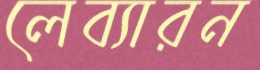
লেব্যারন